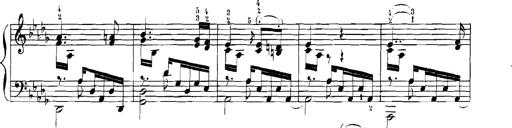
Title: Rhapsodies hongroises
Composer: Franz Liszt